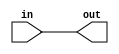
module mod(
	input in,
	output out
);

assign out = in;

endmodule


module basic_module_inst(
	input  in,
	output out
);

	mod mod_1(
		.in(in),
		.out(out)
	);

endmodule